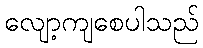
လျော့ကျစေပါသည်